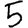
Digit: 5